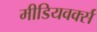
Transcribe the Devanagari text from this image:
मीडियवर्क्स